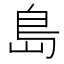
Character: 島